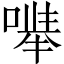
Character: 𪡽